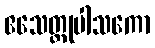
ဧသေတ္ထုပါသကော